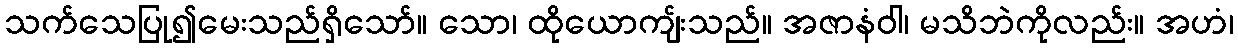
သက်သေပြု၍မေးသည်ရှိသော်။ သော၊ ထိုယောကျ်းသည်။ အဇာနံဝါ၊ မသိဘဲကိုလည်း။ အဟံ၊